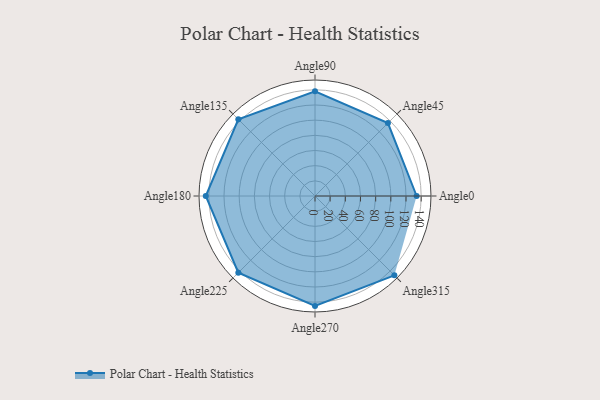
{"axis": {"x": "Angle", "y": "Radius"}, "legend": [""], "data": [{"x": "Angle0", "y": 134.0, "type": ""}, {"x": "Angle45", "y": 136.0, "type": ""}, {"x": "Angle90", "y": 138.0, "type": ""}, {"x": "Angle135", "y": 143.0, "type": ""}, {"x": "Angle180", "y": 144.0, "type": ""}, {"x": "Angle225", "y": 143.0, "type": ""}, {"x": "Angle270", "y": 145.0, "type": ""}, {"x": "Angle315", "y": 148.0, "type": ""}]}